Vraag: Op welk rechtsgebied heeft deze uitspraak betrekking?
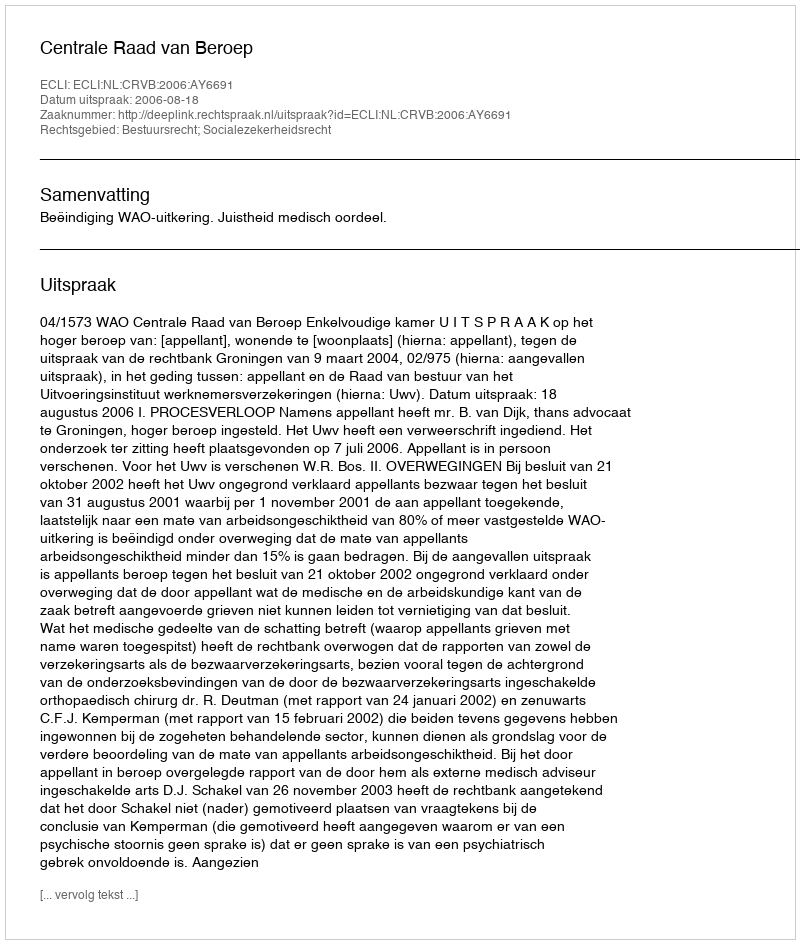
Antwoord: Bestuursrecht; Socialezekerheidsrecht